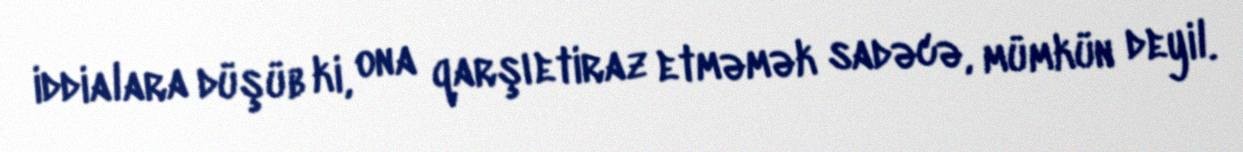
iddialara düşüb ki, ona qarşı etiraz etməmək sadəcə, mümkün deyil.